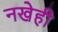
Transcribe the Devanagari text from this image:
नखेही